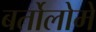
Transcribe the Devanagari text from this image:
बर्तोलोमे